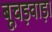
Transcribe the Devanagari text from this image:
बूचड़वाड़ा